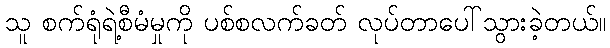
သူ စက်ရုံရဲ့စီမံမှုကို ပစ်စလက်ခတ် လုပ်တာပေါ်သွားခဲ့တယ်။